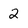
Character: 2